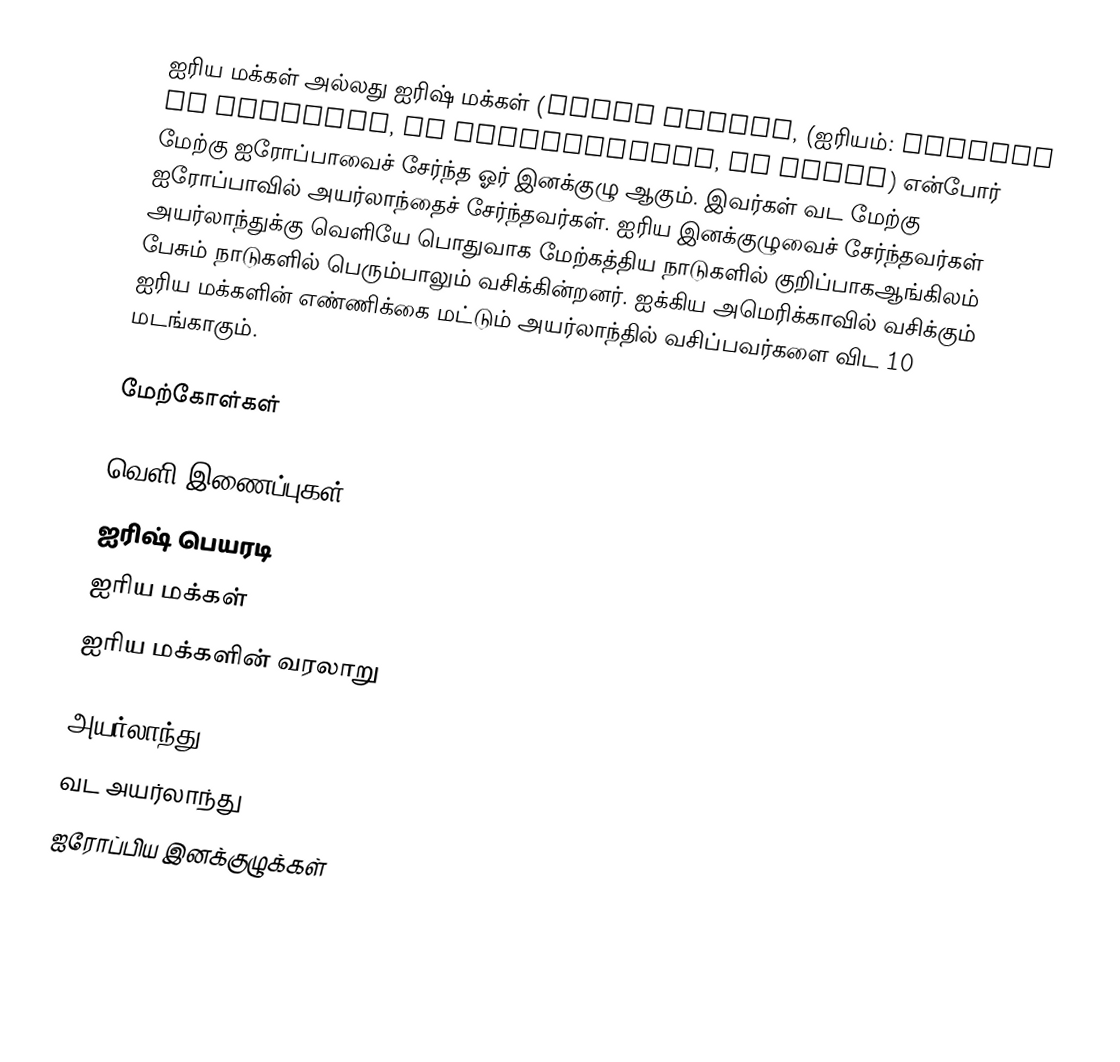
ஐரிய மக்கள் அல்லது ஐரிஷ் மக்கள் (Irish people, (ஐரியம்: Muintir na hÉireann, na hÉireannaigh, na Gaeil) என்போர் மேற்கு ஐரோப்பாவைச் சேர்ந்த ஓர் இனக்குழு ஆகும். இவர்கள் வட மேற்கு ஐரோப்பாவில் அயர்லாந்தைச் சேர்ந்தவர்கள். ஐரிய இனக்குழுவைச் சேர்ந்தவர்கள் அயர்லாந்துக்கு வெளியே பொதுவாக மேற்கத்திய நாடுகளில் குறிப்பாகஆங்கிலம் பேசும் நாடுகளில் பெரும்பாலும் வசிக்கின்றனர். ஐக்கிய அமெரிக்காவில் வசிக்கும் ஐரிய மக்களின் எண்ணிக்கை மட்டும் அயர்லாந்தில் வசிப்பவர்களை விட 10 மடங்காகும்.

மேற்கோள்கள்

வெளி இணைப்புகள்
 ஐரிஷ் பெயரடி
 ஐரிய மக்கள்
 ஐரிய மக்களின் வரலாறு

அயர்லாந்து
வட அயர்லாந்து
ஐரோப்பிய இனக்குழுக்கள்